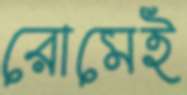
রোমেই